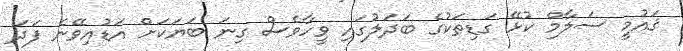
ޤައުމީ ސަލާމް ކުޅޭ ގަޑިތަކުގެ ބަދަލުގައި ވީހާވެސް ގިނަ ބަޔަކަށް އަޑުއިވޭނެ ފަދަ